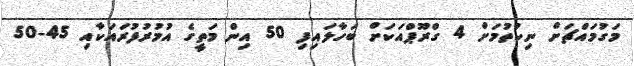
މަގުމައްޗަށް ނިކުތުމަށް 4 ގްރޫޕްއަކަށް ބަހާލައިފި 50 އިން މަތީގެ އުމުރުފުރައަކާއި 45-50